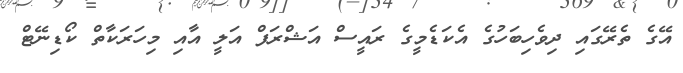
އޭގެ ތެރޭގައި ދިވެހިބަހުގެ އެކަޑެމީގެ ރައީސް އަޝްރަފް އަލީ އާއި މިހަރަކާތް ކޯޑިނޭޓް